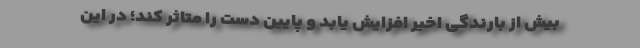
بیش از بارندگی اخیر افزایش یابد و پایین دست را متاثر کند؛ در این